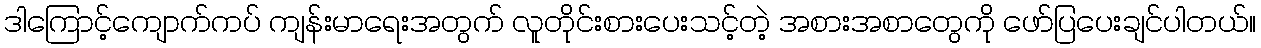
ဒါကြောင့်ကျောက်ကပ် ကျန်းမာရေးအတွက် လူတိုင်းစားပေးသင့်တဲ့ အစားအစာတွေကို ဖော်ပြပေးချင်ပါတယ်။